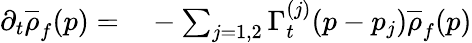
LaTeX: \begin{array}{rl}{\partial_{t}\overline{{\rho}}_{f}(p)=}&{{}-\sum_{j=1,2}\Gamma_{t}^{(j)}(p-p_{j})\overline{{\rho}}_{f}(p)}\end{array}